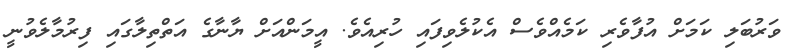
ވަރުބަލި ކަމަށް އުފާވެރި ކަމެއްވެސް އެކުލެވިފައި ހުރިއެވެ. އީމަންއަށް ޔާނާގެ އަތްތިލާގައި ފިރުމާލެވުނީ